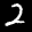
Label: 2